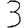
Digit: 3